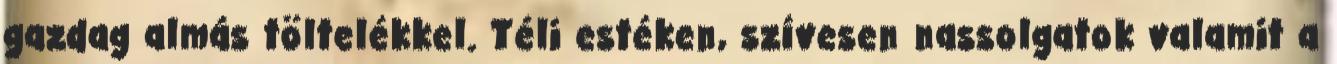
gazdag almás töltelékkel. Téli estéken, szívesen nassolgatok valamit a